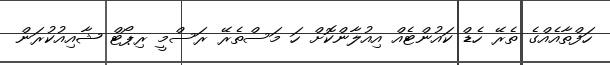
ހަފްތާއެއްގެ ތެރޭ ހެޑް ކައުންޓެއް އިއުލާންކޮށް ހަ މަސްތެރޭ ރަސްމީ ރިޕޯޓް ޝާއިއުކުރަން